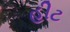
હીટ